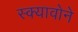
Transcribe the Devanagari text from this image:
स्क्यावोने